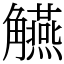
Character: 觾